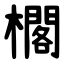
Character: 櫊